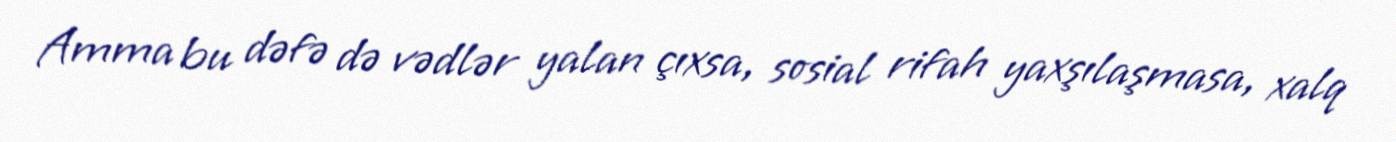
Amma bu dəfə də vədlər yalan çıxsa, sosial rifah yaxşılaşmasa, xalq